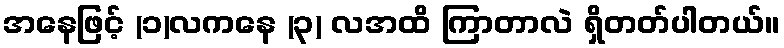
အနေဖြင့် (၁)လကနေ (၃) လအထိ ကြာတာလဲ ရှိတတ်ပါတယ်။